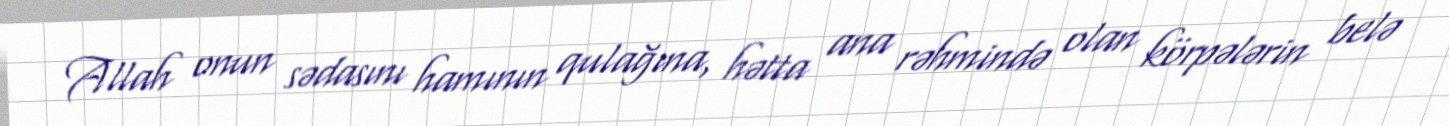
Allah onun sədasını hamının qulağına, hətta ana rəhmində olan körpələrin belə